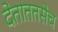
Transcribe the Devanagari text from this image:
देताततसेच